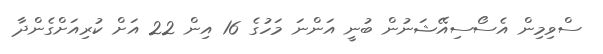
ސްވިމިން އެސޯސިއޭޝަނުން ބުނީ އަންނަ މަހުގެ 16 އިން 22 އަށް ކުރިއަށްގެންދާ